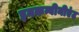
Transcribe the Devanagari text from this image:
इनकन्वीनीएंट